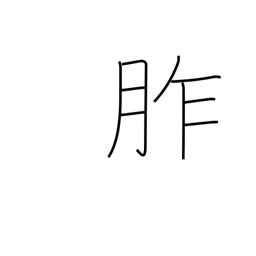
Meaning: offerings to gods